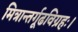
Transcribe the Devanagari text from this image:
मित्रान्तर्गूढविग्रहः।